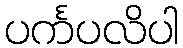
ပင်္ကပလိပါ